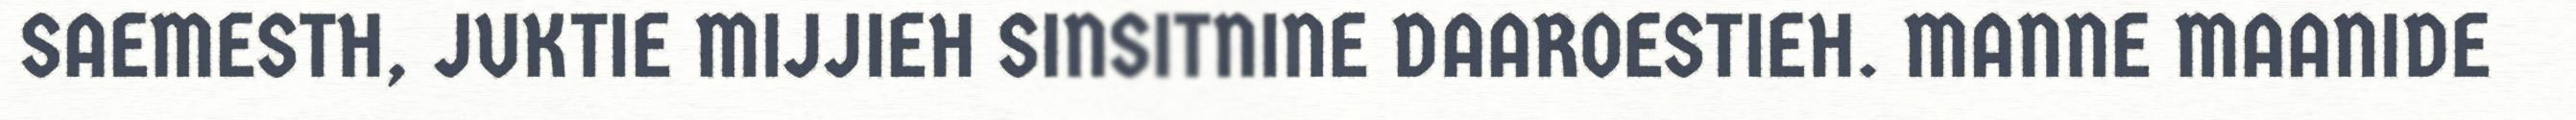
SAEMESTH, JUKTIE MIJJIEH SINSITNINE DAAROESTIEH. MANNE MAANIDE